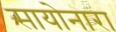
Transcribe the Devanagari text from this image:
सायोनारा